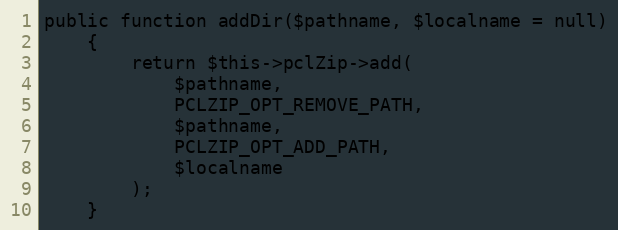
Language: PHP
public function addDir($pathname, $localname = null)
    {
        return $this->pclZip->add(
            $pathname,
            PCLZIP_OPT_REMOVE_PATH,
            $pathname,
            PCLZIP_OPT_ADD_PATH,
            $localname
        );
    }